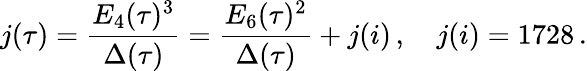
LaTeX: j(\tau)=\frac{E_{4}(\tau)^{3}}{\Delta(\tau)}=\frac{E_{6}(\tau)^{2}}{\Delta(\tau)}+j(i)\, ,\quad j(i)=1728\, .